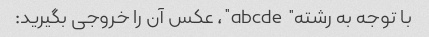
با توجه به رشته "abcde"، عکس آن را خروجی بگیرید: